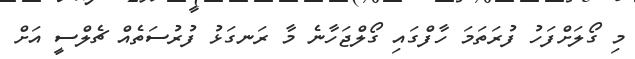
މި ގޯލަށްފަހު ފުރަތަމަ ހާފްގައި ގޯލްޖަހާނެ މާ ރަނގަޅު ފުރުސަތެއް ޗެލްސީ އަށް